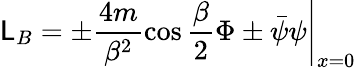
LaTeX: \mathsf{L}_{B}=\left.\pm\frac{{4m}}{{\beta^{2}}}\cos\frac{{\beta}}{{2}}\Phi\pm\bar{{\psi}}\psi\right|_{x=0}